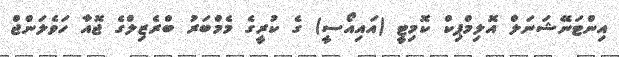
އިންޓަނޭޝަނަލް އޮލިމްޕިކް ކޮމިޓީ (އައިއޯސީ) ގެ ކުރީގެ މެމްބަރު ބްރެޒިލްގެ ޖޮއާ ހަވެލަންޖް